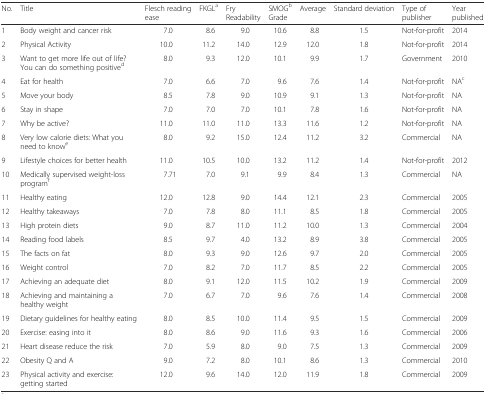
<table><thead><tr><td><b>No.</b></td><td><b>Title</b></td><td><b>Flesch reading ease</b></td><td><b>FKGL<sup>a</sup></b></td><td><b>Fry Readability</b></td><td><b>SMOG<sup>b</sup> Grade</b></td><td><b>Average</b></td><td><b>Standard deviation</b></td><td><b>Type of publisher</b></td><td><b>Year published</b></td></tr></thead><tbody><tr><td>1</td><td>Body weight and cancer risk</td><td>7.0</td><td>8.6</td><td>9.0</td><td>10.6</td><td>8.8</td><td>1.5</td><td>Not-for-profit</td><td>2014</td></tr><tr><td>2</td><td>Physical Activity</td><td>10.0</td><td>11.2</td><td>14.0</td><td>12.9</td><td>12.0</td><td>1.8</td><td>Not-for-profit</td><td>2014</td></tr><tr><td>3</td><td>Want to get more life out of life? You can do something positive<sup>d</sup></td><td>8.0</td><td>9.3</td><td>12.0</td><td>10.1</td><td>9.9</td><td>1.7</td><td>Government</td><td>2010</td></tr><tr><td>4</td><td>Eat for health</td><td>7.0</td><td>6.6</td><td>7.0</td><td>9.6</td><td>7.6</td><td>1.4</td><td>Not-for-profit</td><td>NA<sup>c</sup></td></tr><tr><td>5</td><td>Move your body</td><td>8.5</td><td>7.8</td><td>9.0</td><td>10.9</td><td>9.1</td><td>1.3</td><td>Not-for-profit</td><td>NA</td></tr><tr><td>6</td><td>Stay in shape</td><td>7.0</td><td>7.0</td><td>7.0</td><td>10.1</td><td>7.8</td><td>1.6</td><td>Not-for-profit</td><td>NA</td></tr><tr><td>7</td><td>Why be active?</td><td>11.0</td><td>11.0</td><td>11.0</td><td>13.3</td><td>11.6</td><td>1.2</td><td>Not-for-profit</td><td>NA</td></tr><tr><td>8</td><td>Very low calorie diets: What you need to know<sup>e</sup></td><td>8.0</td><td>9.2</td><td>15.0</td><td>12.4</td><td>11.2</td><td>3.2</td><td>Commercial</td><td>NA</td></tr><tr><td>9</td><td>Lifestyle choices for better health</td><td>11.0</td><td>10.5</td><td>10.0</td><td>13.2</td><td>11.2</td><td>1.4</td><td>Not-for-profit</td><td>2012</td></tr><tr><td>10</td><td>Medically supervised weight-loss program<sup>f</sup></td><td>7.71</td><td>7.0</td><td>9.1</td><td>9.9</td><td>8.4</td><td>1.3</td><td>Commercial</td><td>NA</td></tr><tr><td>11</td><td>Healthy eating</td><td>12.0</td><td>12.8</td><td>9.0</td><td>14.4</td><td>12.1</td><td>2.3</td><td>Commercial</td><td>2005</td></tr><tr><td>12</td><td>Healthy takeaways</td><td>7.0</td><td>7.8</td><td>8.0</td><td>11.1</td><td>8.5</td><td>1.8</td><td>Commercial</td><td>2005</td></tr><tr><td>13</td><td>High protein diets</td><td>9.0</td><td>8.7</td><td>11.0</td><td>11.2</td><td>10.0</td><td>1.3</td><td>Commercial</td><td>2004</td></tr><tr><td>14</td><td>Reading food labels</td><td>8.5</td><td>9.7</td><td>4.0</td><td>13.2</td><td>8.9</td><td>3.8</td><td>Commercial</td><td>2005</td></tr><tr><td>15</td><td>The facts on fat</td><td>8.0</td><td>9.3</td><td>9.0</td><td>12.6</td><td>9.7</td><td>2.0</td><td>Commercial</td><td>2005</td></tr><tr><td>16</td><td>Weight control</td><td>7.0</td><td>8.2</td><td>7.0</td><td>11.7</td><td>8.5</td><td>2.2</td><td>Commercial</td><td>2005</td></tr><tr><td>17</td><td>Achieving an adequate diet</td><td>8.0</td><td>9.1</td><td>12.0</td><td>11.5</td><td>10.2</td><td>1.9</td><td>Commercial</td><td>2009</td></tr><tr><td>18</td><td>Achieving and maintaining a healthy weight</td><td>7.0</td><td>6.7</td><td>7.0</td><td>9.6</td><td>7.6</td><td>1.4</td><td>Commercial</td><td>2008</td></tr><tr><td>19</td><td>Dietary guidelines for healthy eating</td><td>8.0</td><td>8.5</td><td>10.0</td><td>11.4</td><td>9.5</td><td>1.5</td><td>Commercial</td><td>2009</td></tr><tr><td>20</td><td>Exercise: easing into it</td><td>8.0</td><td>8.6</td><td>9.0</td><td>11.6</td><td>9.3</td><td>1.6</td><td>Commercial</td><td>2006</td></tr><tr><td>21</td><td>Heart disease reduce the risk</td><td>7.0</td><td>5.9</td><td>8.0</td><td>9.0</td><td>7.5</td><td>1.3</td><td>Commercial</td><td>2009</td></tr><tr><td>22</td><td>Obesity Q and A</td><td>9.0</td><td>7.2</td><td>8.0</td><td>10.1</td><td>8.6</td><td>1.3</td><td>Commercial</td><td>2010</td></tr><tr><td>23</td><td>Physical activity and exercise: getting started</td><td>12.0</td><td>9.6</td><td>14.0</td><td>12.0</td><td>11.9</td><td>1.8</td><td>Commercial</td><td>2009</td></tr></tbody></table>